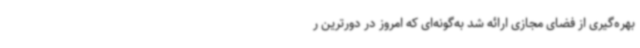
بهره‌گیری از فضای مجازی ارائه شد به‌گونه‌ای که امروز در دورترین ر